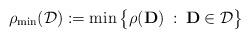
LaTeX: \begin{align*} \rho_{\min}(\mathcal{\mathcal{D}}) := \min\big\{\rho(\mathbf{D}) \::\: \mathbf{D}\in\mathcal{D}\big\}\end{align*}